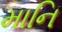
માનિ